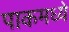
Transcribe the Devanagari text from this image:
पाकमध्ये